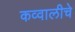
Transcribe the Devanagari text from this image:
कव्वालीचे